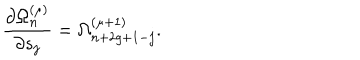
{ \frac { \partial \Omega _ { n } ^ { ( \mu ) } } { \partial s _ { j } } } = \Omega _ { n + 2 g + 1 - j } ^ { ( \mu + 1 ) } .